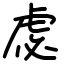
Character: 虙